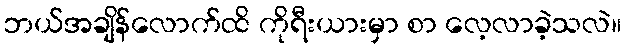
ဘယ်အချိန်လောက်ထိ ကိုရီးယားမှာ စာ လေ့လာခဲ့သလဲ။